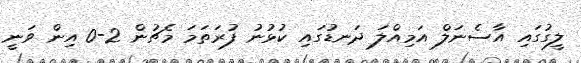
ލީގުގައި އާސެނަލް އަމިއްލަ ދަނޑުގައި ކުޅުނު ފުރަތަމަ މެޗުން 2-0 އިން ވަނީ